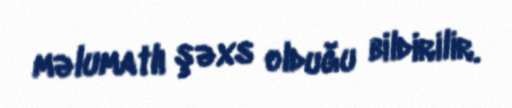
məlumatlı şəxs olduğu bildirilir.